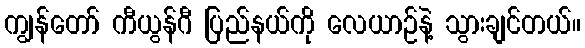
ကျွန်တော် ကီယွန်ဂီ ပြည်နယ်ကို လေယာဉ်နဲ့ သွားချင်တယ်။